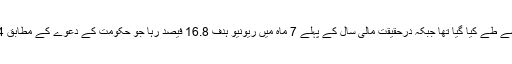
یہ سالانہ ہدف ریونیو میں 43 فیصد تک شرح نمو کے حساب سے طے کیا گیا تھا جبکہ درحقیقت مالی سال کے پہلے 7 ماہ میں ریونیو ہدف 16.8 فیصد رہا جو حکومت کے دعوے کے مطابق 14 فیصد سے زائد مہنگائی اور 3 فیصد معاشی نمو کا سبب تھا۔